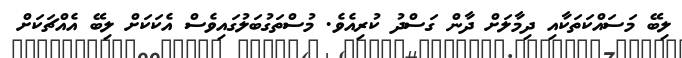
ލިބޭ މަސައްކަތަކާއި ދިމާލަށް ދާން ގަސްދު ކުރިއެވެ. މުސްތަގުބަލުގައިވެސް އެކަކަށް ލިބޭ އެއްޗަކަށް